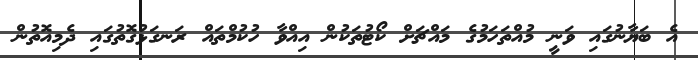
އެ ބަޔާނުގައި ވަނީ މުއްތަހަމުގެ މައްޗަށް ކޯޓުތަކުން އިއްވާ ހުކުމްތައް ރަނގަޅުގޮތުގައި ދެމިއޮތުން